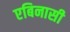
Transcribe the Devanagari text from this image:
एबिनासी